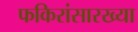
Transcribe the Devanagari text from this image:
फकिरांसारख्या